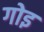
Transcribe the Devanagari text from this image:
गोइ